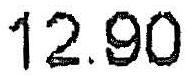
12.90